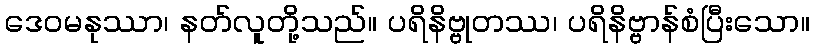
ဒေဝမနုဿာ၊ နတ်လူတို့သည်။ ပရိနိဗ္ဗုတဿ၊ ပရိနိဗ္ဗာန်စံပြီးသော။